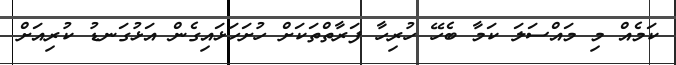
ކަމެއް މި މައްސަލަ ކަމާ ބެހޭ ހުރިހާ ފަރާތްތަކަށް ހުށަހަޅައިގެން އަޅުގަނޑު ކުރިއަށް